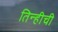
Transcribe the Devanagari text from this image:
तिन्हीची